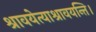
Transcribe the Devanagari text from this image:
श्रावयेत्याश्रावयन्ति।